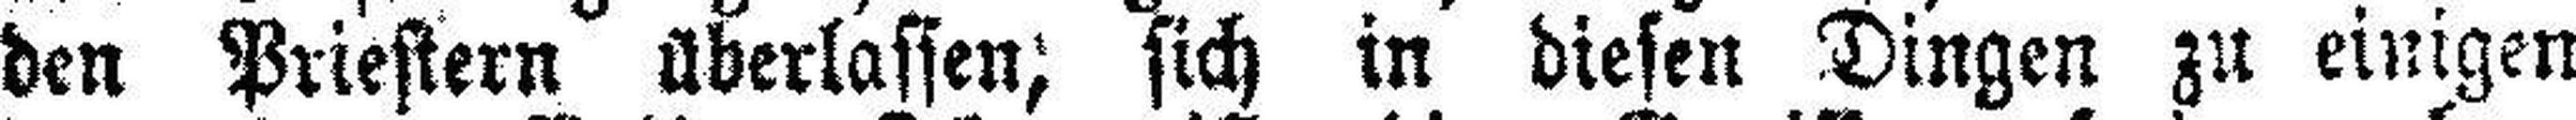
den Priestern überlassen; sich in diesen Dingen zu einigen